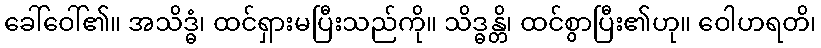
ခေါ်ဝေါ်၏။ အသိဒ္ဓံ၊ ထင်ရှားမပြီးသည်ကို။ သိဒ္ဓန္တိ၊ ထင်စွာပြီး၏ဟု။ ဝေါဟရတိ၊